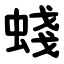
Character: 䗃